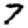
Digit: 7